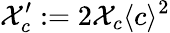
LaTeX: \mathcal{X}_{c}^{\prime}:=2\mathcal{X}_{c}\langle c\rangle^{2}